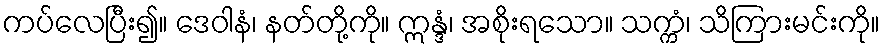
ကပ်လေပြီး၍။ ဒေဝါနံ၊ နတ်တို့ကို။ ဣန္ဒံ၊ အစိုးရသော။ သက္ကံ၊ သိကြားမင်းကို။